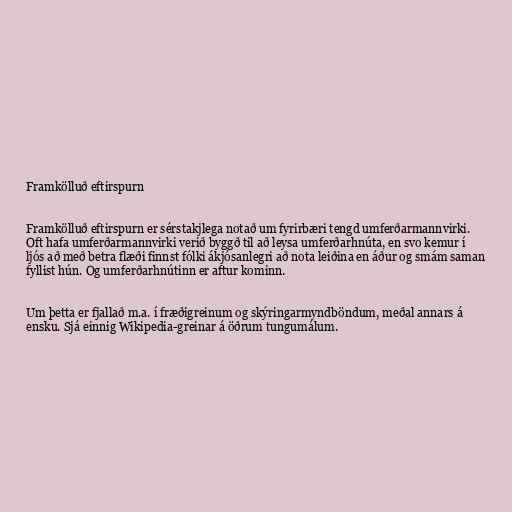
Framkölluð eftirspurn

Framkölluð eftirspurn er sérstakjlega notað um fyrirbæri tengd umferðarmannvirki.
Oft hafa umferðarmannvirki verið byggð til að leysa umferðarhnúta, en svo kemur í
ljós að með betra flæði finnst fólki ákjósanlegri að nota leiðina en áður og smám saman
fyllist hún. Og umferðarhnútinn er aftur kominn.

Um þetta er fjallað m.a. í fræðigreinum og skýringarmyndböndum, meðal annars á
ensku. Sjá einnig Wikipedia-greinar á öðrum tungumálum.